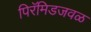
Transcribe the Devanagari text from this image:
पिरॅमिडजवळ